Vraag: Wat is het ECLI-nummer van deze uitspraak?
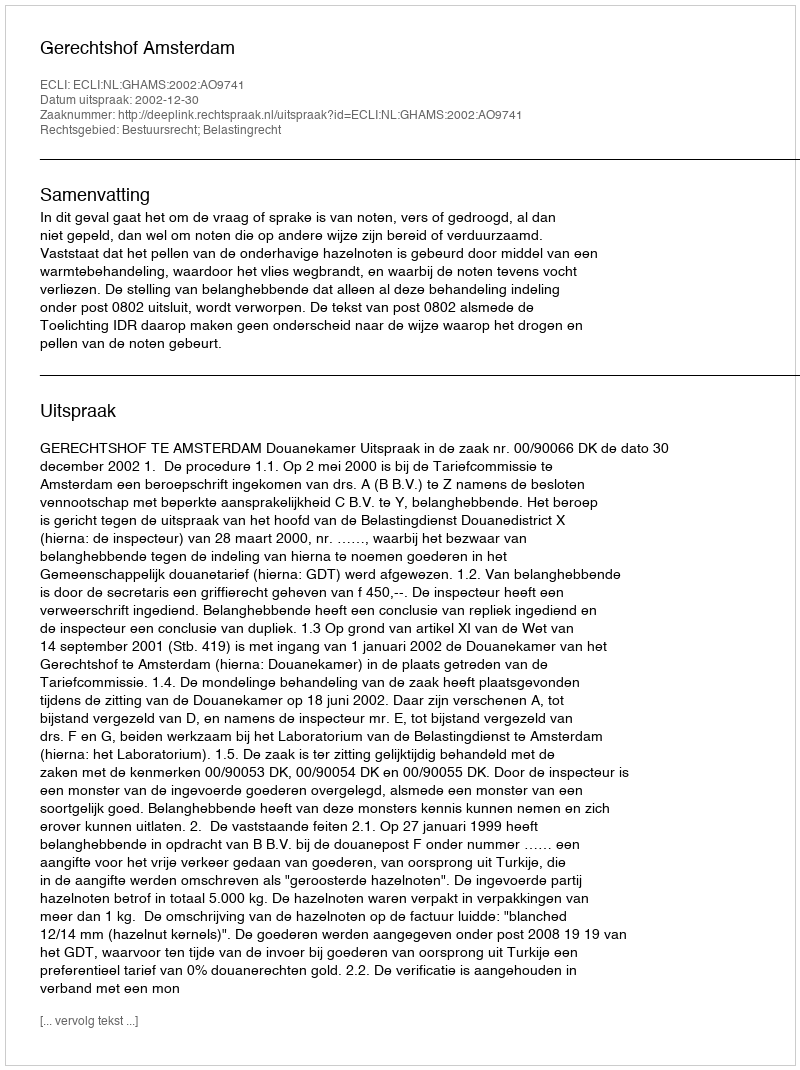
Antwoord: ECLI:NL:GHAMS:2002:AO9741